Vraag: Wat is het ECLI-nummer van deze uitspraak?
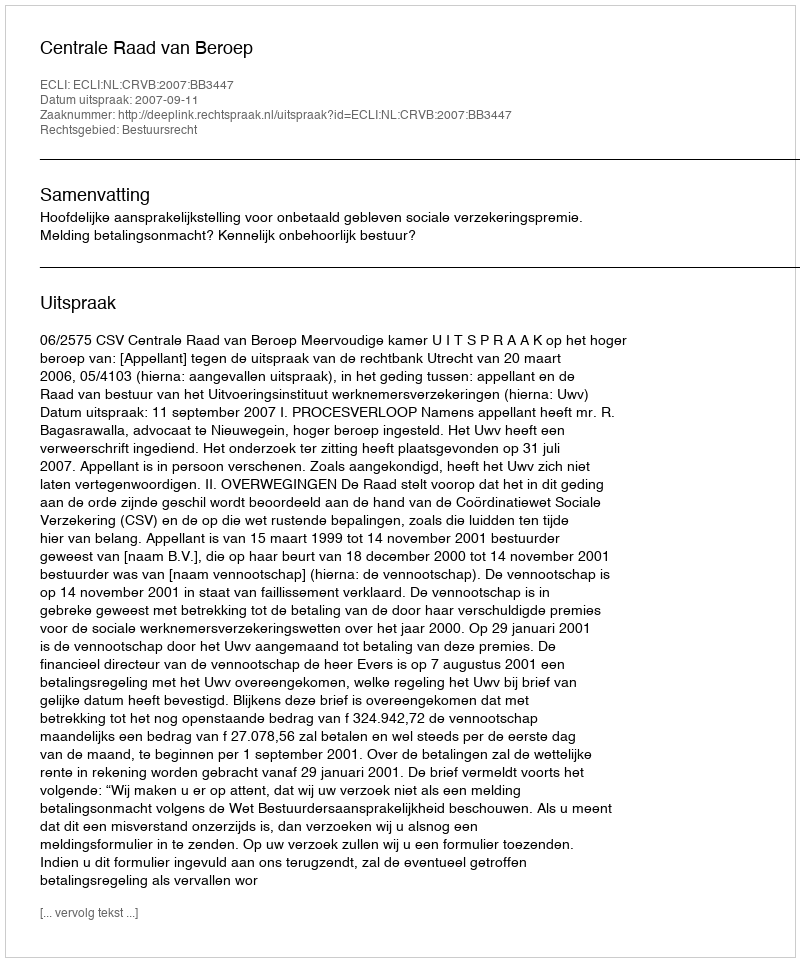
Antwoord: ECLI:NL:CRVB:2007:BB3447